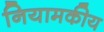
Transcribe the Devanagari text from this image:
नियामकीय